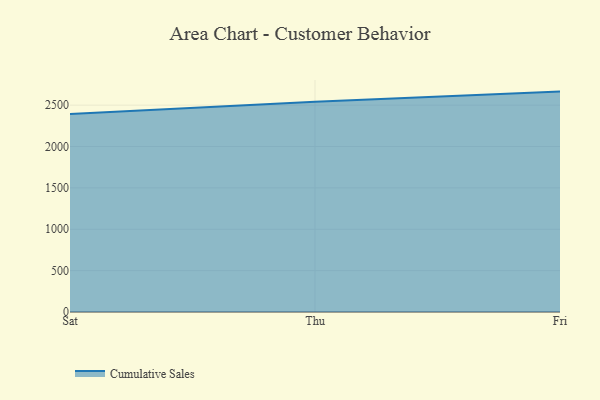
{"axis": {"x": "Day", "y": "Customer Acquisition Cost (USD)"}, "legend": ["Cumulative Sales"], "data": [{"x": "Sat", "y": 2391.7, "type": "Cumulative Sales"}, {"x": "Thu", "y": 2541.5, "type": "Cumulative Sales"}, {"x": "Fri", "y": 2663.8, "type": "Cumulative Sales"}]}